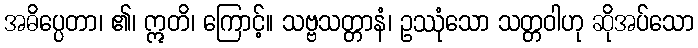
အဓိပ္ပေတာ၊ ၏၊ ဣတိ၊ ကြောင့်။ သဗ္ဗသတ္တာနံ၊ ဥဿုံသော သတ္တဝါဟု ဆိုအပ်သော